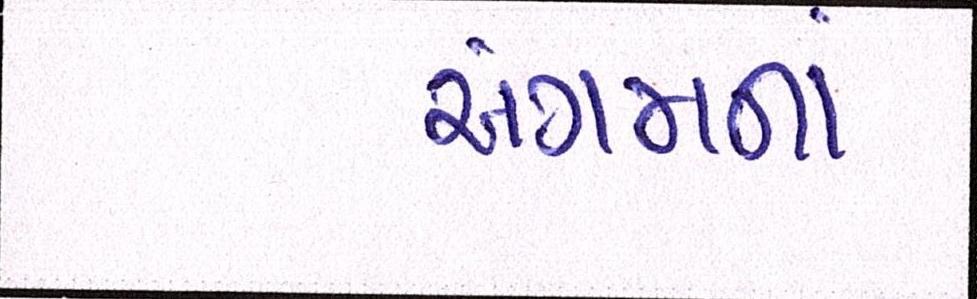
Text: અંગમનાં